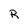
Character: R